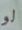
لو